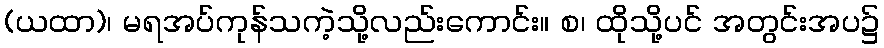
(ယထာ)၊ မရအပ်ကုန်သကဲ့သို့လည်းကောင်း။ စ၊ ထိုသို့ပင် အတွင်းအပ၌